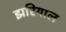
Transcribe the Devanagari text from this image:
झरियाल